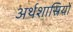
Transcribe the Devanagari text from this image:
अर्थशास्रियों